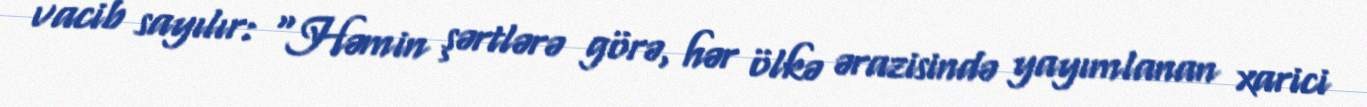
vacib sayılır: “Həmin şərtlərə görə, hər ölkə ərazisində yayımlanan xarici